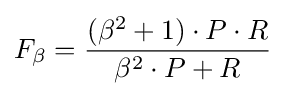
F_{\beta }={\frac {(\beta ^{2}+1)\cdot P\cdot R}{\beta ^{2}\cdot P+R}}